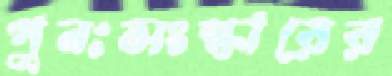
পুনঃসংস্কারের